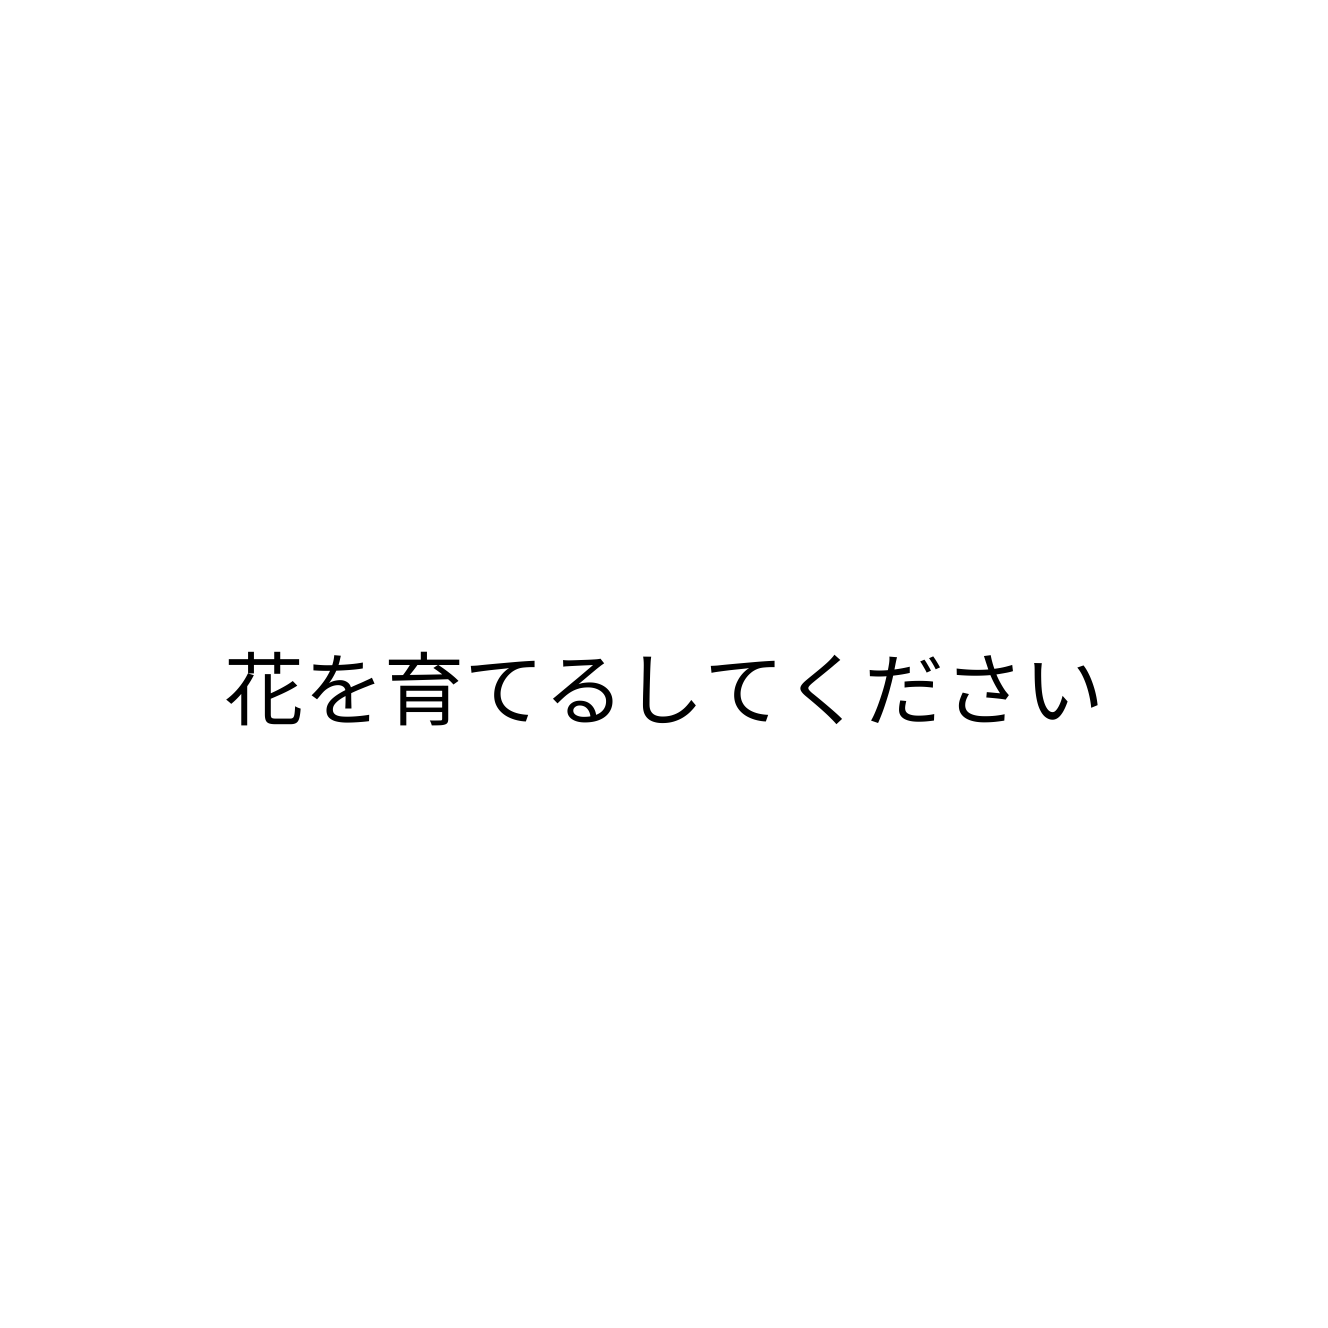
花を育てるしてください